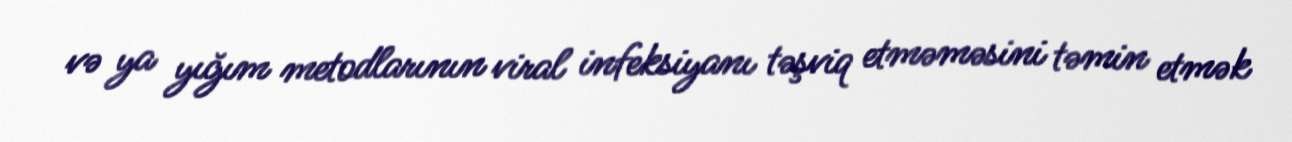
və ya yığım metodlarının viral infeksiyanı təşviq etməməsini təmin etmək